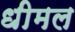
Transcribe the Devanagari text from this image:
धीमल